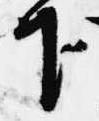
下